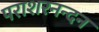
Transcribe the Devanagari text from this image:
पराशरनन्दन